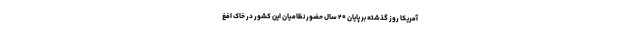
آمریکا روز گذشته بر پایان ۲۰ سال حضور نظامیان این کشور در خاک افغ